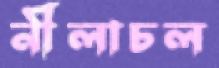
নীলাচল